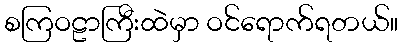
စကြဝဠာကြီးထဲမှာ ဝင်ရောက်ရတယ်။